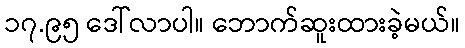
၁၇.၉၅ ဒေါ်လာပါ။ ဘောက်ဆူးထားခဲ့မယ်။